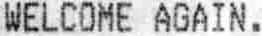
WELCOME AGAIN.